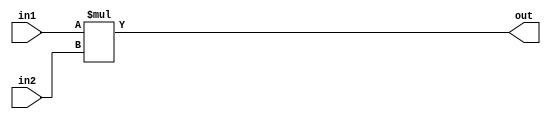
module multiplication(
    input [4:0] in1,
    input [6:0] in2,
    output [11:0] out
);

assign out = in1 * in2;

endmodule